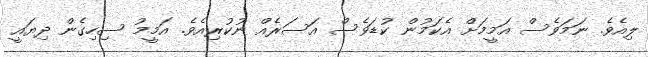
ލިއެވެ. ނަމަވެސް އަމީމަށް އެކަމުން ކުޑަވެސް އަސަރެއް ނުކުރިއެވެ. އަމީމު ސިހިގެން ދިޔައީ